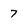
Character: 7